Report of the Indian Hemp Drugs Commission, 1894-1895 - Volume V
Year: 1894
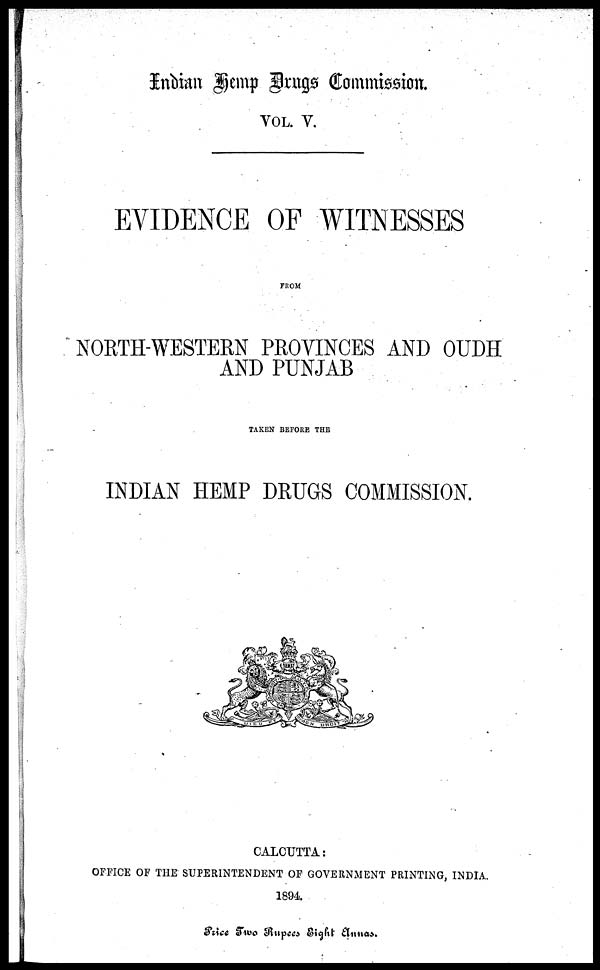
Indian Temp Drugs Commission.
VOL. V.
EVIDENCE OF WITNESSES
FROM
NORTH-WESTERN PROVINCES AND OUDH
AND PUNJAB
TAKEN BEFORE THE
INDIAN HEMP DRUGS COMMISSION.
CALCUTTA:
OFFICE OF THE SUPERINTENDENT OF GOVERNMENT PRINTING, INDIA.
1894